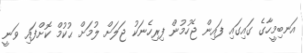
އަނބިމީހާގެ ގައިގައި ފައިން ޖެހުމުން ފިރިހެނަކު ޖަލަށް ލުމަށް ޙުކުމް ކޮށްފައި ވަނީ